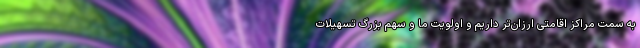
به سمت مراکز اقامتی ارزان‌تر داریم و اولویت ما و سهم بزرگ تسهیلات